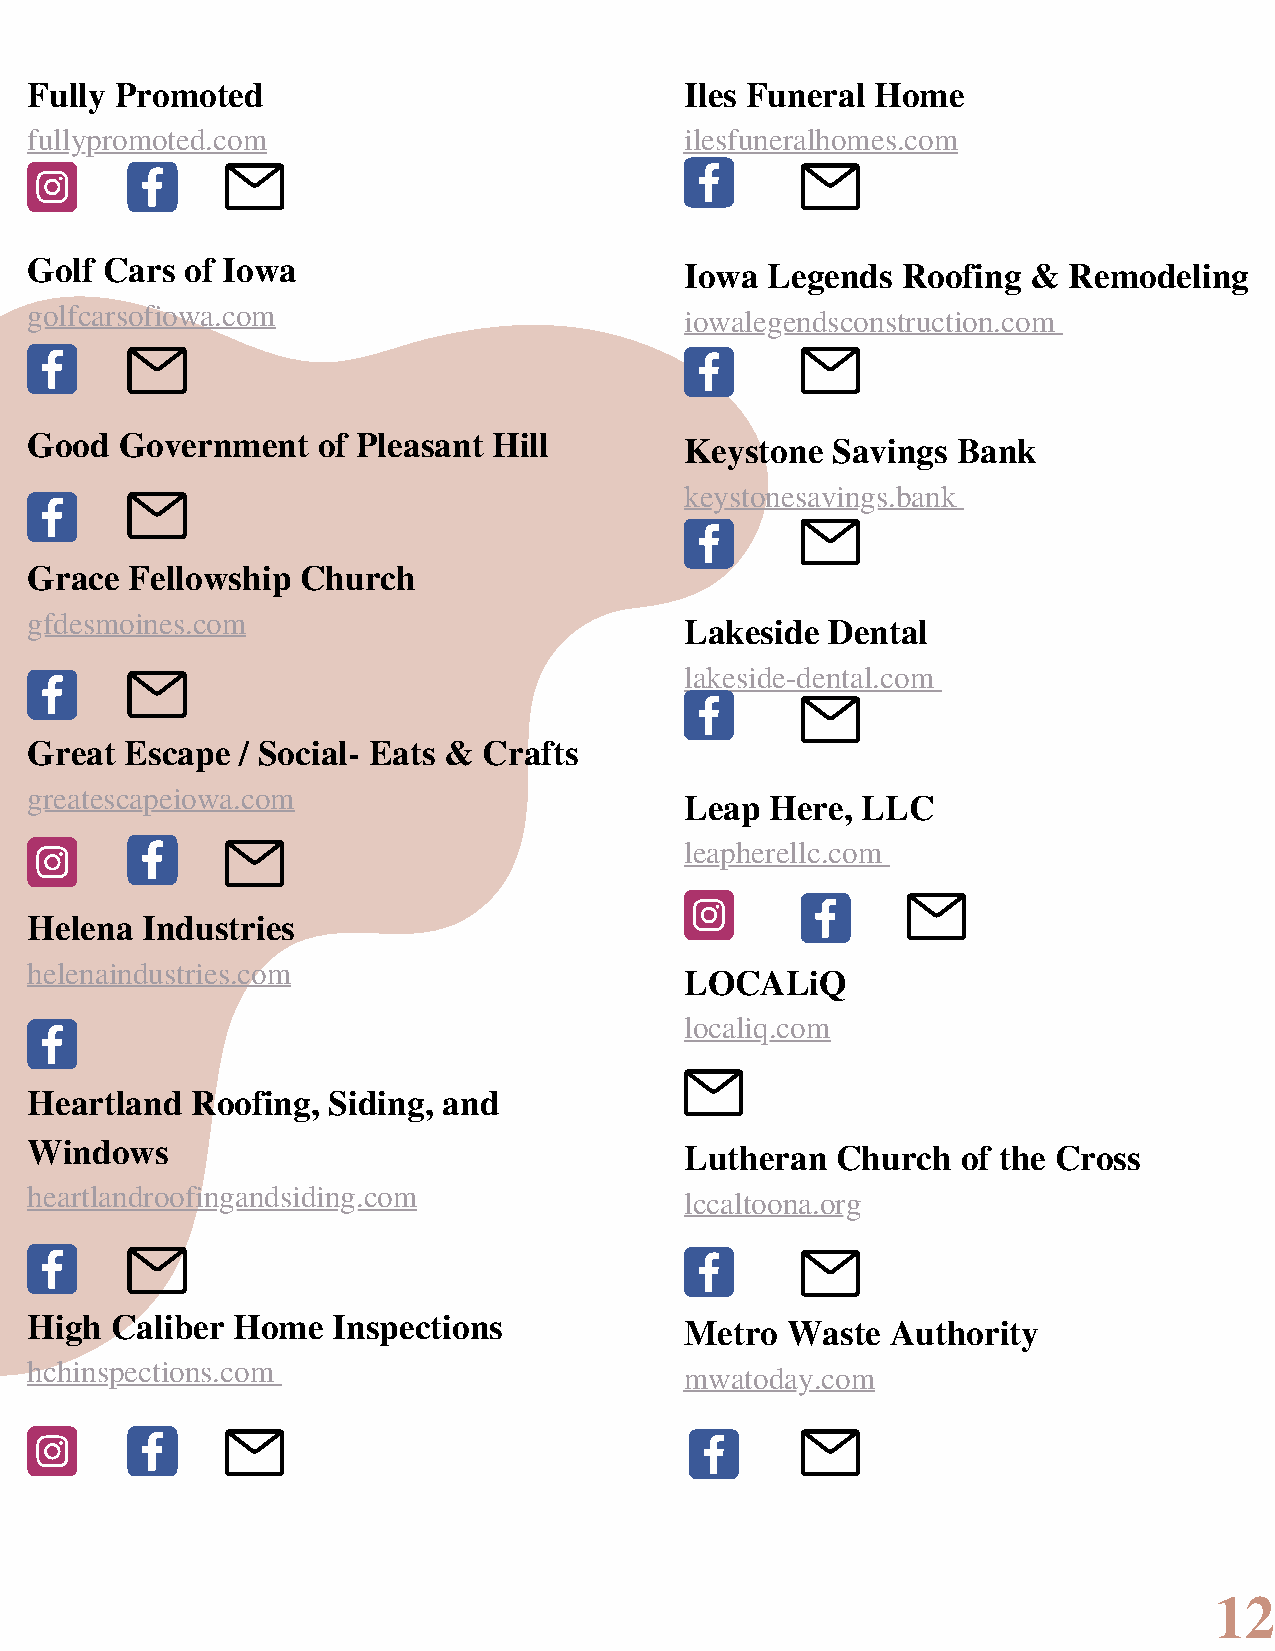
Fully Promoted                             Iles Funeral Home
 fullypromoted.com                          ilesfuneralhomes.com
 Golf Cars of Iowa                          Iowa  Legends  Roofing &  Remodeling
 golfcarsofiowa.com                         iowalegendsconstruction.com
 Good  Government   of Pleasant Hill        Keystone  Savings Bank
 keystonesavings.bank
 Grace Fellowship  Church
 gfdesmoines.com
 Lakeside  Dental
 lakeside-dental.com
 Great Escape  / Social- Eats & Crafts
 greatescapeiowa.com
 Leap  Here, LLC
 leapherellc.com
 Helena Industries
 helenaindustries.com
 LOCALiQ
 localiq.com
 Heartland  Roofing, Siding, and
 Windows                                    Lutheran  Church   of the Cross
 heartlandroofingandsiding.com              lccaltoona.org
 High Caliber Home   Inspections            Metro  Waste  Authority
 hchinspections.com                         mwatoday.com
 12